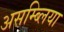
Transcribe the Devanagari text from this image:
असम्ब्लिया